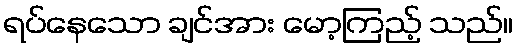
ရပ်နေသော ချင်အား မော့ကြည့် သည်။